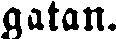
gatan.